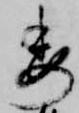
委